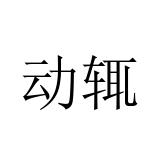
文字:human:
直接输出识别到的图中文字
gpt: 动辄